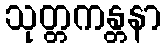
သုတ္တကန္တနာ